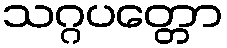
သဂ္ဂပတ္တော